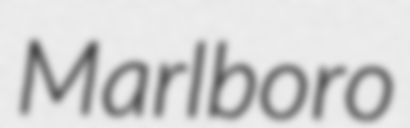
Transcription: Marlboro